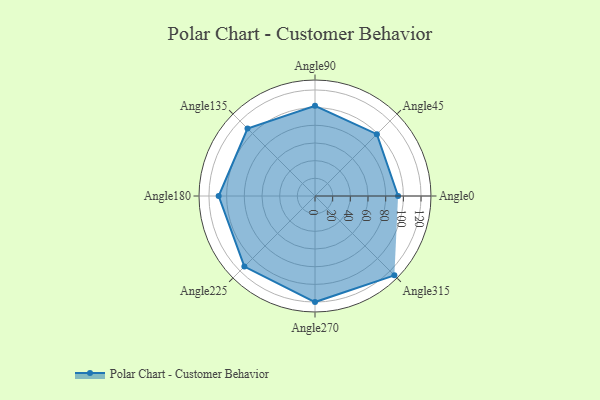
{"axis": {"x": "Angle", "y": "Radius"}, "legend": [""], "data": [{"x": "Angle0", "y": 94.0, "type": ""}, {"x": "Angle45", "y": 99.0, "type": ""}, {"x": "Angle90", "y": 102.0, "type": ""}, {"x": "Angle135", "y": 108.0, "type": ""}, {"x": "Angle180", "y": 109.0, "type": ""}, {"x": "Angle225", "y": 113.0, "type": ""}, {"x": "Angle270", "y": 120.0, "type": ""}, {"x": "Angle315", "y": 127.0, "type": ""}]}